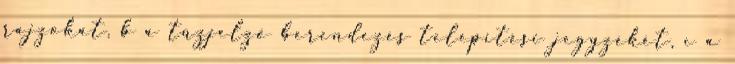
rajzokat, b a tûzjelzõ berendezés telepítési jegyzékét, c a